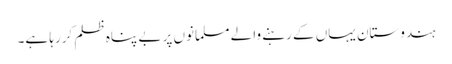
ہندوستان یہاں کے رہنے والے مسلمانوں پر بے پناہ ظلم کررہا ہے۔